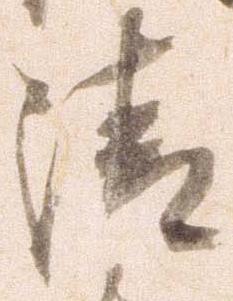
清